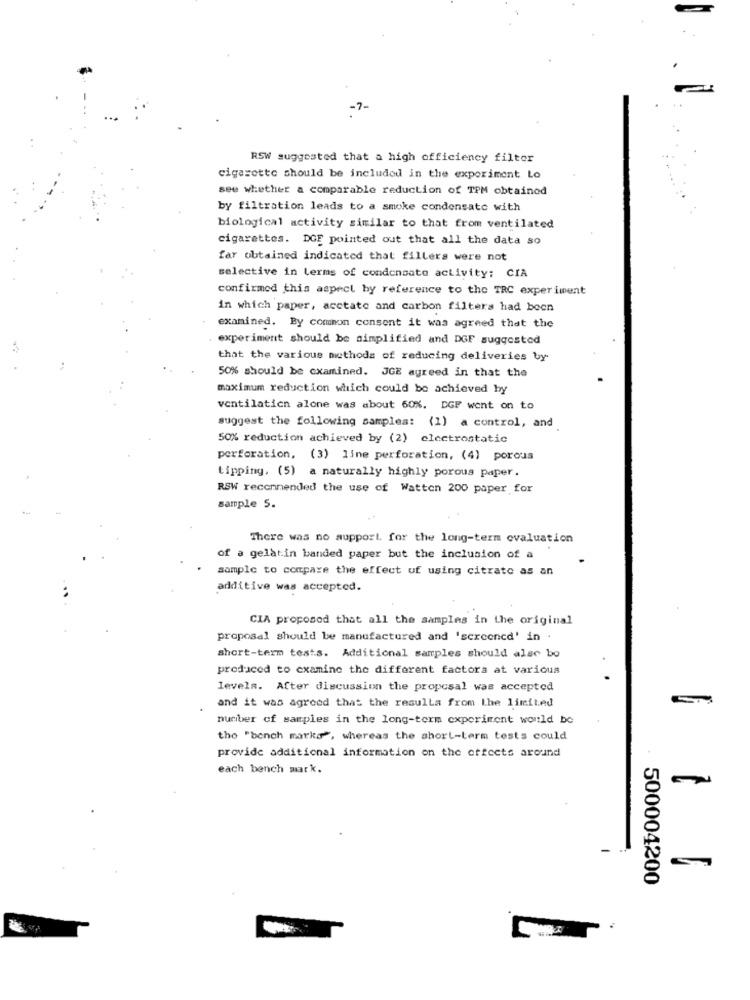
-7-
RSW suggested that a high officiency filter
cigarette should be included in the experiment Lo
see whether a comparable reduction of TPM obtained
by filtration leads to a smoke condensato with
biological activity similar to that from ventilated
cigarettes. DGE pointed out that all the data so
far obtained indicated that fillers were not
selective in terms of condensato activity: CIA
confirmed this aspect by reference to the TRC experiment
in which paper, acctate and carbon filters had been
examined. By common consent it was agreed that the
experiment should be simplified and DGF suggested
that the various methods of reducing deliveries by
50% should be examined. JGE agreed in that the
maximum reduction which could be achieved by
ventilation alone was about 60%. DGF went on to
suggest the following samples: (1) a control, and
50% reduction achieved by (2) electrostatic
perforation, (3) line perforation, (4) porous
tipping. (5) a naturally highly porous paper.
RSW recommended the use of Watten 200 paper for
sample 5.
There was no support for the long-term ovaluation
of a gelatin banded paper but the inclusion of a
sample to compare the effect of using citrate as an
additive was accepted.
CIA proposed that all the samples in the original
proposal should be manufactured and 'screencd' in .
short-term tests. Additional samples should also bo
produced to examine the different factors at various
levels. After discussion the proposal was accepted
and it was agreed that the resulla from The limited
number of samples in the long-term experiment would be
the "bench marks", whereas the short-term tests could
provide additional information on the effects around
each bench mark.
500004200